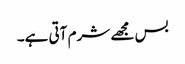
بس مجھے شرم آتی ہے۔